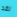
لقد